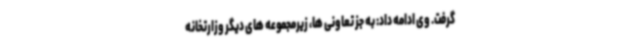
گرفت. وی ادامه داد: به جز تعاونی ها، زیرمجموعه های دیگر وزارتخانه